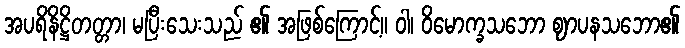
အပရိနိဋ္ဌိတတ္တာ၊ မပြီးသေးသည် ၏ အဖြစ်ကြောင့်။ ဝါ၊ ဝိမောက္ခသဘော ဈာပနသဘော၏